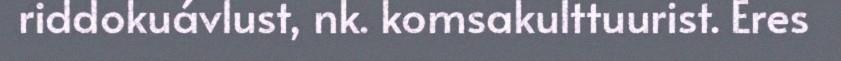
riddokuávlust, nk. komsakulttuurist. Eres